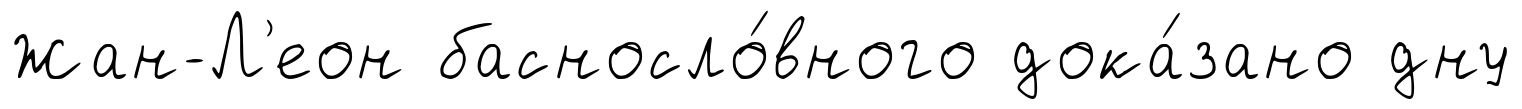
Жан-Л'еон басносло́вного дока́зано дну